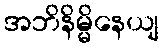
အဘိနိမ္မိနေယျ